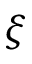
\xi